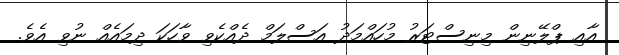
އާއި ޕްލޭނިން މިނިސްޓަރު މުހައްމަދު އަސްލަމް ދެއްކެވި ވާހަކަ ދިމައެއް ނުވި އެވެ.